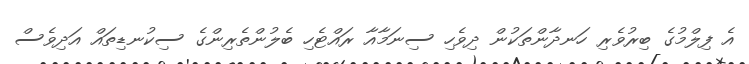
އެ ފިލްމުގެ ބިރުވެރި ހަނދާންތަކުން ދިވެހި ސިނަމާއާ ރައްޓެހި ބެލުންތެރިންގެ ސިކުނޑިތައް އަދިވެސް